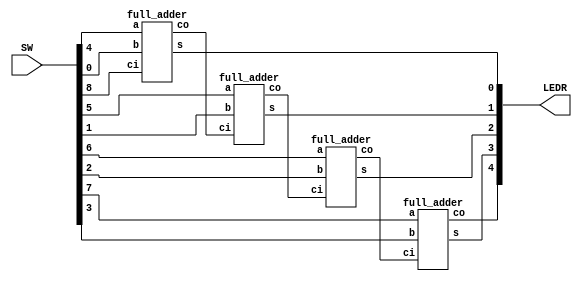
//lab2_part3_full_adder
module Lab2 (SW, LEDR);
	input [8:0] SW;
	output [4:0] LEDR;
	
	wire [3:0] a, b, s;
	wire [2:0] c;
	wire ci, co;
	
	assign a = SW[7:4];
	assign b = SW[3:0];
	assign ci = SW[8];
	assign LEDR[3:0] = s;
	assign LEDR[4] = co;


	full_adder f0 (.a(a[0]),.b(b[0]),.ci(ci),.s(s[0]),.co(c[0]));
	full_adder f1 (.a(a[1]),.b(b[1]),.ci(c[0]),.s(s[1]),.co(c[1]));
	full_adder f2 (.a(a[2]),.b(b[2]),.ci(c[1]),.s(s[2]),.co(c[2]));
	full_adder f3 (.a(a[3]),.b(b[3]),.ci(c[2]),.s(s[3]),.co(co));
	
	

endmodule





module full_adder (a, b, ci, s, co);
	input a, b, ci;
	output s, co;
	
	assign s = ((a ^ b) ^ ci);
	assign co = ((a ^ b) == 1'b1) ? ci : b;

endmodule